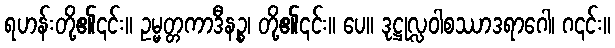
ရဟန်းတို့၏၎င်း။ ဥမ္မတ္တကာဒီနဉ္စ၊ တို့၏၎င်း။ ပေ။ ဒုဋ္ဌုလ္လဝါစဿာဒရာဂေါ၊ ဂ၎င်း။